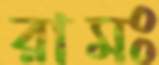
রামঃ